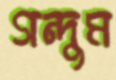
গন্দুম